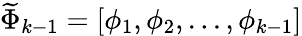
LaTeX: \widetilde{\Phi}_{k-1}=[\phi_{1},\phi_{2},...,\phi_{k-1}]